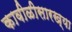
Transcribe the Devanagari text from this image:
कावीळीसारख्या